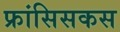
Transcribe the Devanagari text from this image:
फ्रांसिसकस